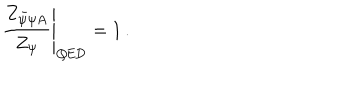
\left. \frac { Z _ { \bar { \psi } \psi A } } { Z _ { \psi } } \right| _ { \mathrm { Q E D } } = 1 \, .